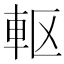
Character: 𮝀